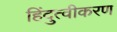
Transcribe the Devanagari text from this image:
हिंदुत्वीकरण